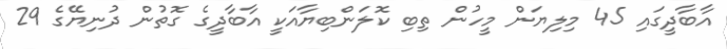
އާބާދީގައި 45 މިލިޔަން މީހުން ތިބި ކޮލަންބިޔާއަކީ އާބާދީގެ ގޮތުން ދުނިޔޭގެ 29